Vaccination in Bombay 1856-1862 - 1856-1862
Year: 1856
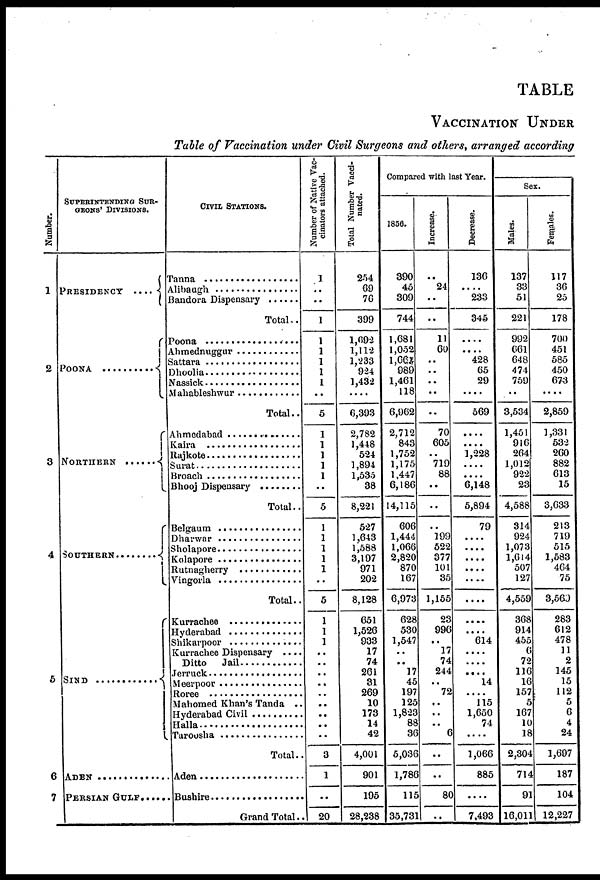
TABLE
VACCINATION UNDER
Table of Vaccination under Civil Surgeons and others, arranged according
Number.
1
2
3
4
5
6
7
SUPERINTENDING SUR-
------ DIVISIONS.
PRESIDENCY ....
POONA ..............
NORTHERN ........
SOUTHERN ................
SIND .................
ADEN .................................
PERSIAN GULF ...............
CIVIL STATIONS.
Tanna ...................................
Alibaugh ..............................
Bandora Dispensary
Total..
Poona ................................
Ahmednuggur .................
Sattara ................................
Dhoolia ............................
Nassick ......................
Mahableshwur ...................
Total..
Ahmedabad .........................
Kaira ...................................
Rajkote ................................
Surat ...................................
Broach ...............................
Bhooj Dispensary
Total..
Belgaum ...............................
Dharwar ...............................
Sholapore ............................
Kolapore ..............................
Rutnagherry .........................
Vingorla ..............................
Total..
Kurrachee ........................
Hyderabad ........................
Shikarpoor ........................
Kurrachee Dispensary ....
Ditto Jail .......................
Jerruck .................................
Meerpoor ............................
Roree ....................................
Mahomed Khan's Tanda ..
Hyderabad Civil
.............
Halla ....................................
Taroosha
Total..
Aden ................................
Bushire ..............................
Grand Total..
Number of Native Vac-
cinators attached.
1
..
..
1
1
1
1
1
1
..
5
1
1
1
1
1
..
5
1
1
1
1
1
..
5
1
1
1
..
..
..
..
..
..
..
..
..
3
1
..
20
Total Number Vacci-
nated.
254
69
76
399
1,692
1,112
1,233
924
1,432
....
6,393
2,782
1,448
524
1,894
1,535
38
8,221
527
1,643
1,588
3,197
971
202
8,128
651
1,526
933
17
74
261
31
269
10
173
14
42
4,001
901
195
28,238
Compared with last Year.
1850.
390
45
309
744
1,681
1,052
1,661
989
1,461
118
6,962
2,712
843
1,752
1,175
1,447
6,186
14,115
606
1,444
1,066
2,820
870
167
6,973
628
530
1,547
..
..
17
45
197
125
1,823
88
36
5,036
1,786
115
35,731
Increase.
..
24
..
..
11
60
..
..
..
..
..
70
605
..
719
88
..
..
..
199
522
377
101
35
1,155
23
996
..
17
74
244
..
72
..
..
..
6
..
..
80
..
Decrease.
136
....
233
345
....
.... 428
65
29
....
569
....
....
1,228
....
....
6,148
5,894
79
....
....
....
....
....
....
....
....
614
....
....
....
14
....
115
1,650
74
....
1,066
885
....
7,493
Sex.
Males.
137
33
51
221
992
661
648
474
759
..
3,534
1,451
916
264
1,012
922
23
4,588
314
924
1,073
1,614
507
127
4,559
368
914
455
6
72
116
16
157
5
167
10
18
2,304
714
91
16,011
Females.
117
36
25
178
700
451
585
450
673
....
2,859
1,331
532
260
882
613
15
3,633
213
719
515
1,583
464
75
3,569
283
612
478
11
2
145
15
112
5
6
4
24
1,697
187
104
12,227